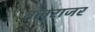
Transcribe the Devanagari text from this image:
नलराजर